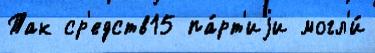
Так ср'едств15 па́рт'иjи могл'и́